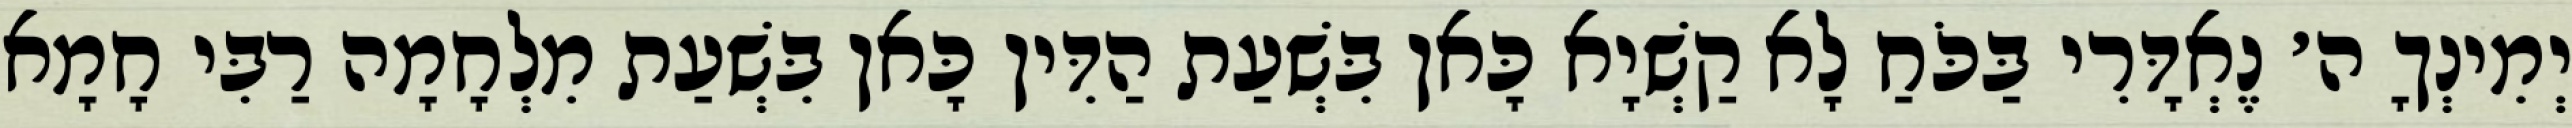
יְמִינְךָ ה׳ נֶאְדָּרִי בַּכֹּחַ לָא קַשְׁיָא כָּאן בִּשְׁעַת הַדִּין כָּאן בִּשְׁעַת מִלְחָמָה רַבִּי חָמָא